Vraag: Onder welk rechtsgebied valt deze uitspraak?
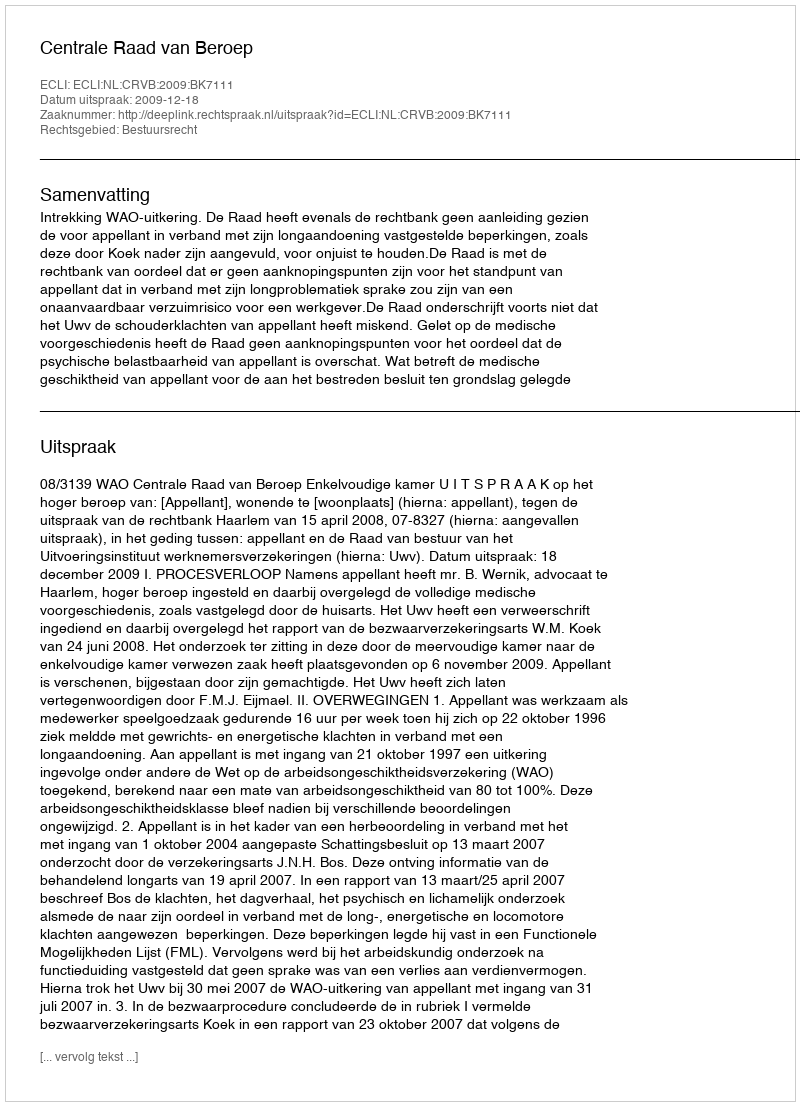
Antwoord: Bestuursrecht